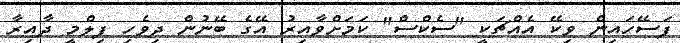
ފަސޭހައިން ވިކޭ އެއްޗަކީ "ސެކްސް" ކަމަށްވާއިރު އޭގެ ބޭނުން ދިވެހި ފިލްމީ ދާއިރާ